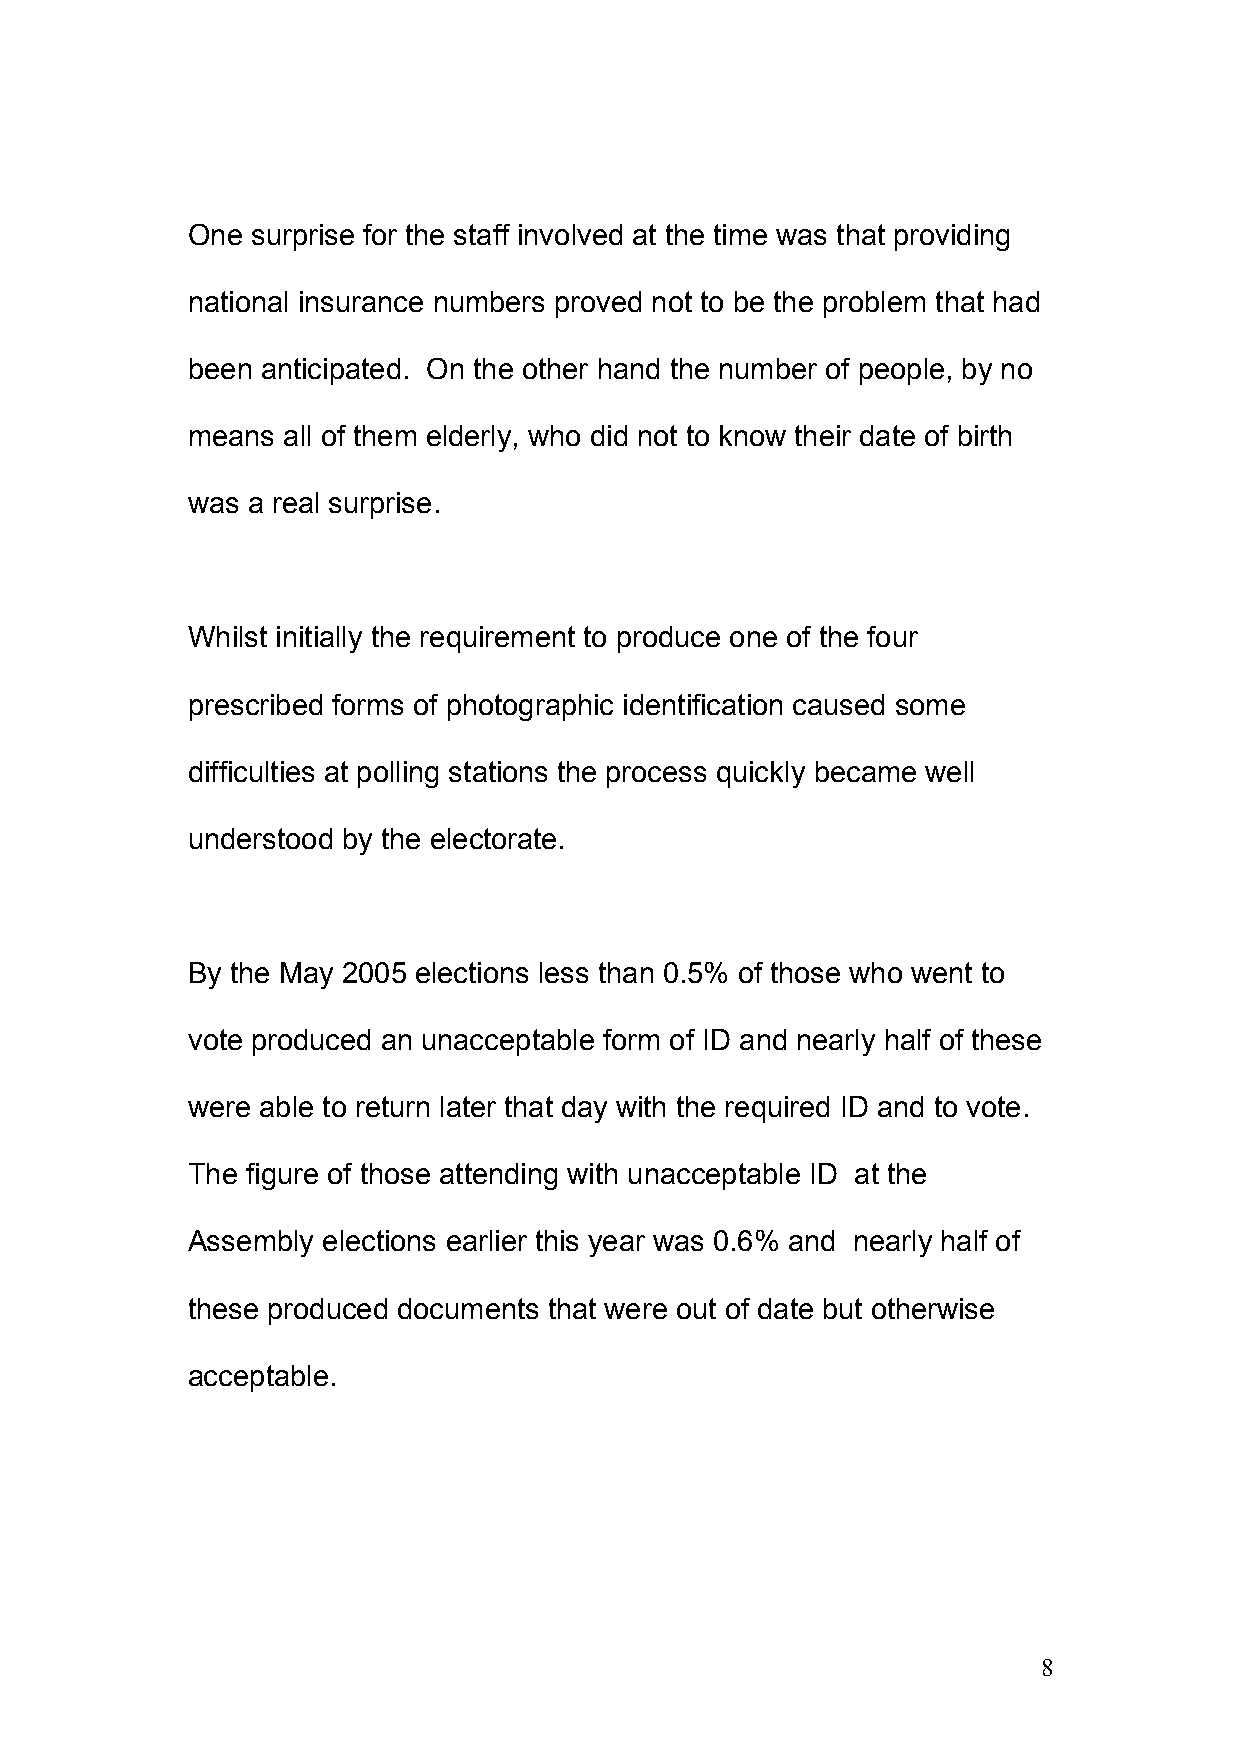
One  surprise for the staff involved at the time was that providing
 national insurance numbers proved not to be the problem that had
 been anticipated. On the other hand the number of people, by no
 means  all of them elderly, who did not to know their date of birth
 was a real surprise.
 Whilst initially the requirement to produce one of the four
 prescribed forms of photographic identification caused some
 difficulties at polling stations the process quickly became well
 understood by the electorate.
 By the May 2005 elections less than 0.5% of those who went to
 vote produced an unacceptable form of ID and nearly half of these
 were able to return later that day with the required ID and to vote.
 The figure of those attending with unacceptable ID at the
 Assembly elections earlier this year was 0.6% and nearly half of
 these produced documents that were out of date but otherwise
 acceptable.
 8